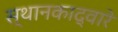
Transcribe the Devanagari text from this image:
स्थानकाद्वारे